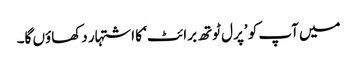
میں آپ کو ’پرل ٹوتھ برائٹ‘ کا اشتہار دکھاؤں گا۔